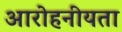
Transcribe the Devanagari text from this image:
आरोहनीयता